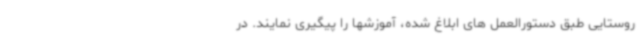
روستایی طبق دستورالعمل های ابلاغ شده، آموزشها را پیگیری نمایند. در